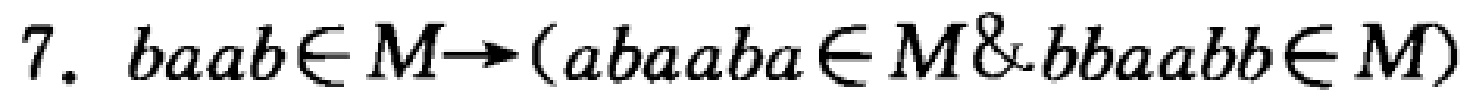
7. \(baab\in M\rightarrow(abaaba\in M\&bbaabb\in M)\)